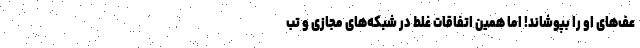
عف‌های او را بپوشاند! اما همین اتفاقات غلط در شبکه‌های مجازی و تب